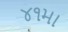
૪૧મા